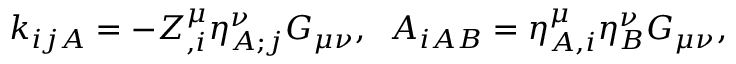
k _ { i j A } = - { \cal Z } _ { , i } ^ { \mu } { \eta } _ { A ; j } ^ { \nu } { \cal G } _ { \mu \nu } , \; \; A _ { i A B } = \eta _ { A , i } ^ { \mu } \eta _ { B } ^ { \nu } { \cal G } _ { \mu \nu } ,